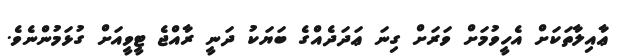
ޢާއިލާތަކަށް އެހީވުމަށް ވަރަށް ގިނަ ޢަދަދެއްގެ ބަޔަކު ދަނީ ރާއްޖެ ޓީވީއަށް ގުޅަމުންނެވެ.